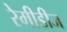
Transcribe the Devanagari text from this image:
रेमीडीज